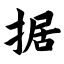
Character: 据